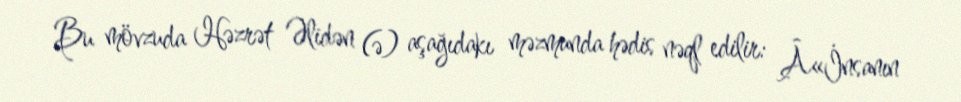
Bu mövzuda Həzrət Əlidən (ə) aşağıdakı məzmunda hədis nəql edilir: Â«İnsanın